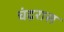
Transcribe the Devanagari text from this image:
चंद्ररास